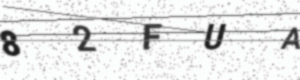
Text: 82FUA